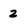
Character: 2